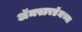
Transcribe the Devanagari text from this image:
अॅमस्टरडॅमच्या